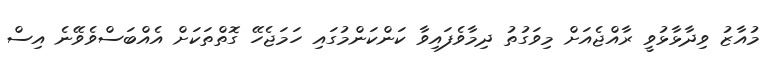
މުއާޒު ވިދާޅާޅުވީ ރާއްޖެއަށް މިވަގުތު ދިމާވެފައިވާ ކަންކަންމުގައި ހަމަޖެހޭ ގޮތްތަކަށް އެއްބަސްވެވޭނެ އިސް